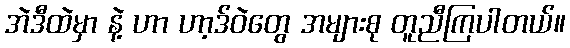
အဲဒီထဲမှာ နဲ့ ဟာ ဟာ့ဒ်ဝဲတွေ အများစု တူညီကြပါတယ်။